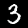
Digit: 3